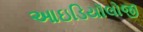
આઇડિયૉલોજી